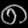
Digit: ၈